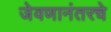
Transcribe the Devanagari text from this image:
जेवणानंतरचे